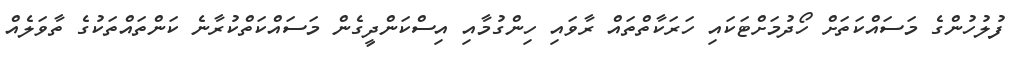
ފުލުހުންގެ މަސައްކަތަށް ހޯދުމަށްޓަކައި ހަރަކާތްތައް ރާވައި ހިންގުމާއި އިސްކަންދީގެން މަސައްކަތްކުރާނެ ކަންތައްތަކުގެ ތާވަލެއް